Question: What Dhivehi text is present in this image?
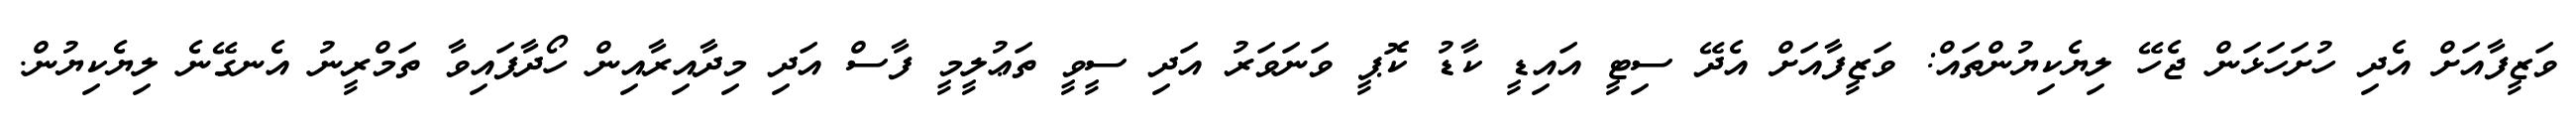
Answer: ވަޒީފާއަށް އެދި ހުށަހަޅަން ޖެހޭ ލިޔެކިޔުންތައް: ވަޒީފާއަށް އެދޭ ސިޓީ އައިޑީ ކާޑު ކޮޕީ ވަނަވަރު އަދި ސީވީ ތަޢުލީމީ ފާސް އަދި މިދާއިރާއިން ހޯދާފައިވާ ތަމްރީނު އެނގޭނެ ލިޔެކިޔުން.